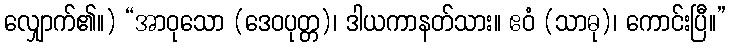
လျှောက်၏။) “အာဝုသော (ဒေဝပုတ္တ)၊ ဒါယကာနတ်သား။ ဧဝံ (သာဓု)၊ ကောင်းပြီ။”